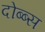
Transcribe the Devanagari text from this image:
दोब्ब्स